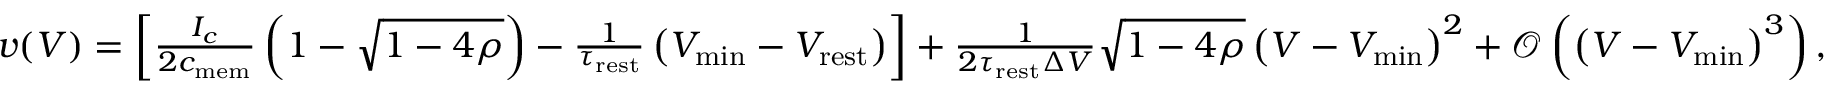
\begin{array} { r } { v ( V ) = \left[ \frac { I _ { c } } { 2 c _ { \mathrm { m e m } } } \left( 1 - \sqrt { 1 - 4 \rho } \right) - \frac { 1 } { \tau _ { \mathrm { r e s t } } } \left( V _ { \mathrm { m i n } } - V _ { \mathrm { r e s t } } \right) \right] + \frac { 1 } { 2 \tau _ { \mathrm { r e s t } } \Delta V } \sqrt { 1 - 4 \rho } \left( V - V _ { \mathrm { m i n } } \right) ^ { 2 } + \mathcal { O } \left( \left( V - V _ { \mathrm { m i n } } \right) ^ { 3 } \right) , } \end{array}